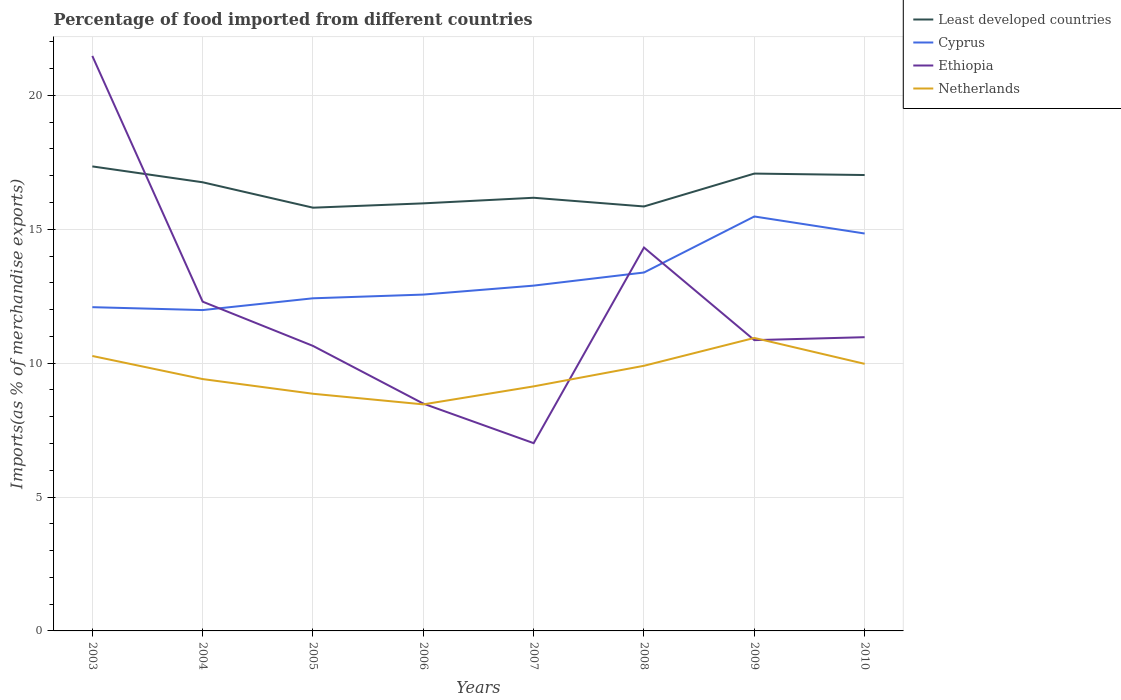
| Years | Least developed countries | Cyprus | Ethiopia | Netherlands |
 | --- | --- | --- | --- | --- |
 | 2003 | 17.3 | 12.1 | 21.5 | 10.3 |
 | 2004 | 16.8 | 12 | 12.3 | 9.41 |
 | 2005 | 15.8 | 12.4 | 10.6 | 8.86 |
 | 2006 | 16 | 12.6 | 8.49 | 8.46 |
 | 2007 | 16.2 | 12.9 | 7.01 | 9.13 |
 | 2008 | 15.9 | 13.4 | 14.3 | 9.9 |
 | 2009 | 17.1 | 15.5 | 10.9 | 10.9 |
 | 2010 | 17 | 14.8 | 11 | 9.97 |